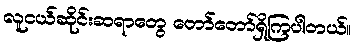
လူငယ်ဆိုင်းဆရာတွေ တော်တော်ရှိကြပါတယ်။